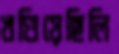
খণ্ডিয়েছিলি